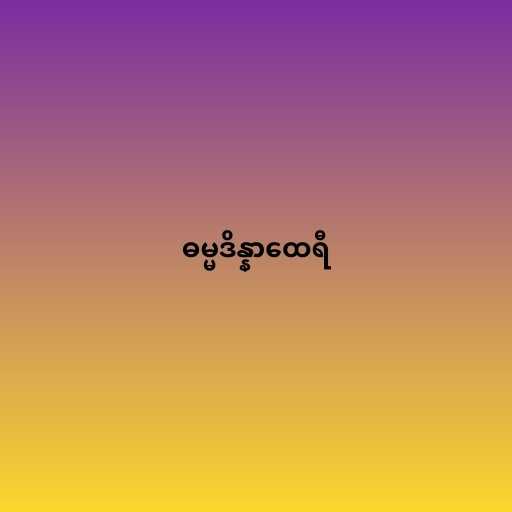
ဓမ္မဒိန္နာထေရီ